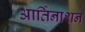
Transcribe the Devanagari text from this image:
आर्तिनाशन